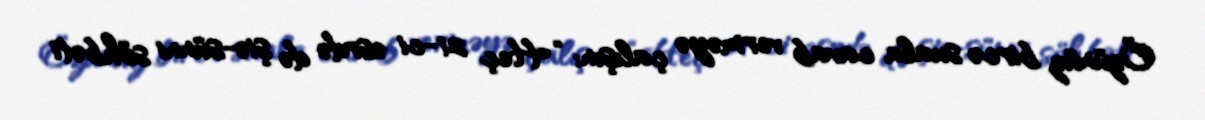
Özünüz bircə suala cavab verməyə çalışın: “Heç 21-ci əsrdə də şiə-sünni söhbəti